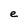
Character: e